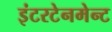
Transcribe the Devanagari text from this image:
इंटरटेनमेन्ट